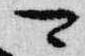
可